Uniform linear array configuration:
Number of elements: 8
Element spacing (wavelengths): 1
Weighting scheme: binomial
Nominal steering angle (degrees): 15
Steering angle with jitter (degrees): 16.907
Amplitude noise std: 0.05
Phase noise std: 0.05

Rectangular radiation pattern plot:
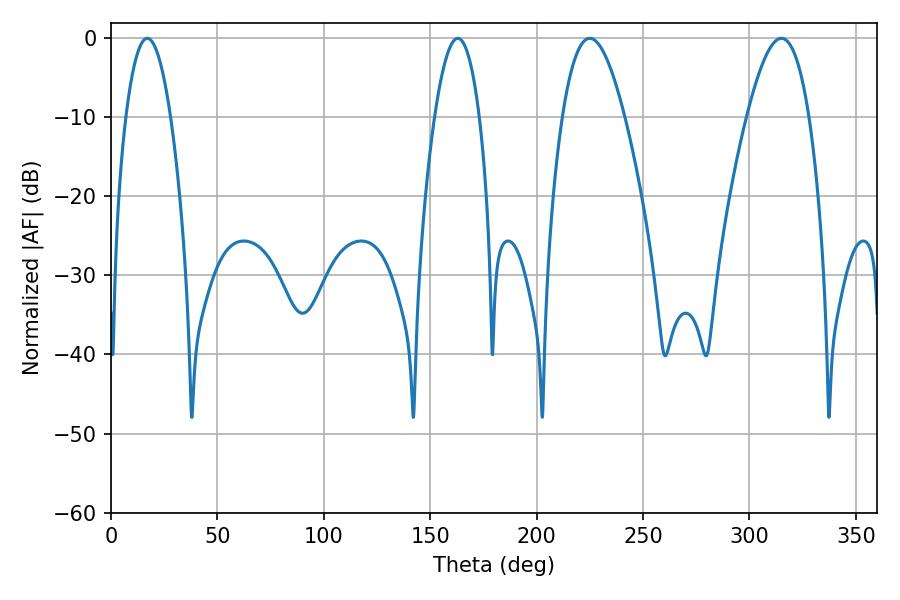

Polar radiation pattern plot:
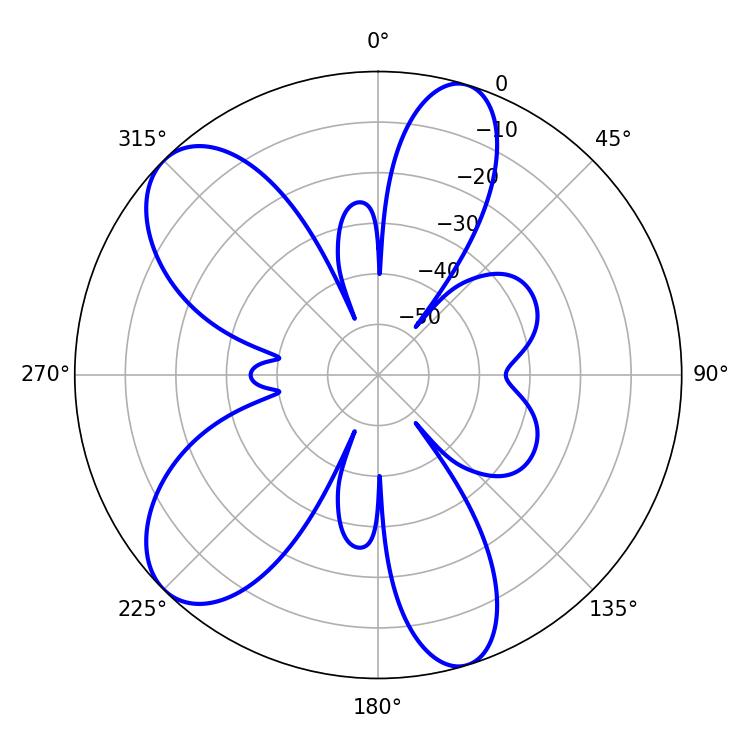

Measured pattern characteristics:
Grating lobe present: TRUE
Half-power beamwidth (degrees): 15.84
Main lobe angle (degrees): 225